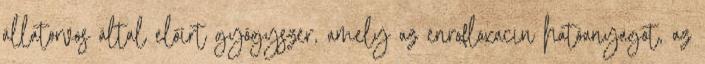
állatorvos által előírt gyógyszer, amely az enrofloxacin hatóanyagot, az